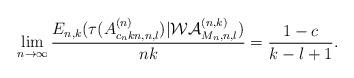
LaTeX: \begin{align*}\lim_{n\to\infty}\frac{E_{n,k}(\tau(A^{(n)}_{c_nkn,n,l})|\mathcal{WA}^{(n,k)}_{M_n,n,l})}{nk}=\frac{1-c}{k-l+1}.\end{align*}